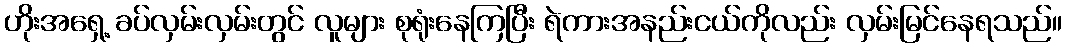
ဟိုးအရှေ့ ခပ်လှမ်းလှမ်းတွင် လူများ စုရုံးနေကြပြီး ရဲကားအနည်းငယ်ကိုလည်း လှမ်းမြင်နေရသည်။